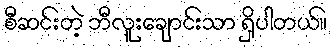
စီဆင်းတဲ့ ဘီလူးချောင်းသာ ရှိပါတယ်။